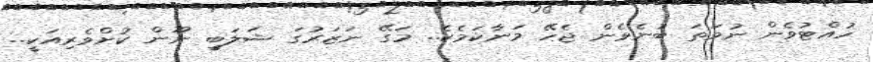
ހުއްޓުވެން ނުވަތަ ބުނެވެން ޖެހޭ މަނާކަމެކެ.. މަގޭ ނަޒަރުގަ ޝަލަބީ ނޫން ކުށްވެރިއަކީ..